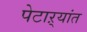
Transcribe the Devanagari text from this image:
पेटाऱ्यांत